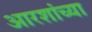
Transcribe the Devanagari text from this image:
आरशांच्या